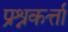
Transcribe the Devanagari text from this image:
प्रश्नकर्त्ता